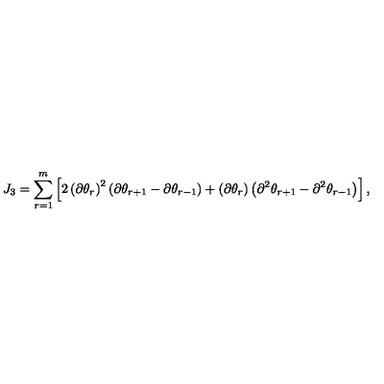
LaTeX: J _ { 3 } = \sum _ { r = 1 } ^ { m } \left[ 2 \left( \partial \theta _ { r } \right) ^ { 2 } \left( \partial \theta _ { r + 1 } - \partial \theta _ { r - 1 } \right) + \left( \partial \theta _ { r } \right) \left( \partial ^ { 2 } \theta _ { r + 1 } - \partial ^ { 2 } \theta _ { r - 1 } \right) \right] ,